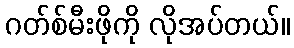
ဂတ်စ်မီးဖိုကို လိုအပ်တယ်။